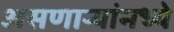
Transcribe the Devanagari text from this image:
असणाऱ्यांमध्ये